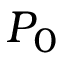
P _ { 0 }